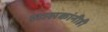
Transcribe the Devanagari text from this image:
शासकांनीही